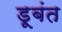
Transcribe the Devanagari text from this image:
डूबंत